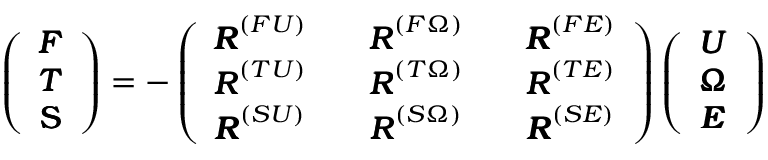
\left( \begin{array} { c c c c c } { { \pmb F } } \\ { { \pmb T } } \\ { \mathsf { \pmb S } } \end{array} \right) = - \left( \begin{array} { c c c c c } { { \pmb R } ^ { ( F U ) } } & & { { \pmb R } ^ { ( F \Omega ) } } & & { { \pmb R } ^ { ( F E ) } } \\ { { \pmb R } ^ { ( T U ) } } & & { { \pmb R } ^ { ( T \Omega ) } } & & { { \pmb R } ^ { ( T E ) } } \\ { { \pmb R } ^ { ( S U ) } } & & { { \pmb R } ^ { ( S \Omega ) } } & & { { \pmb R } ^ { ( S E ) } } \end{array} \right) \left( \begin{array} { c c c c c } { { \pmb U } } \\ { { \pmb \Omega } } \\ { { \pmb E } } \end{array} \right)